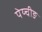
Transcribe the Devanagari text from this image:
पेय्चीङ